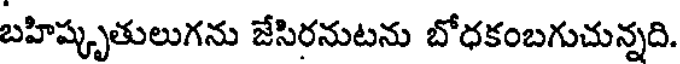
బహిష్కృతులుగను జేసిరనుటను బోధకంబగుచున్నది.